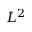
L ^ { 2 }